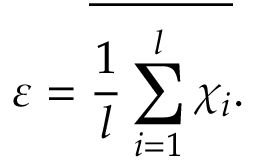
\varepsilon = \overline { { \frac { 1 } { l } \sum _ { i = 1 } ^ { l } \chi _ { i } } } .